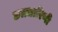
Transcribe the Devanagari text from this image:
छत्रधारिणी